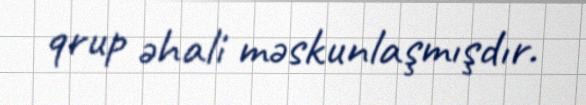
qrup əhali məskunlaşmışdır.